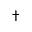
\dag